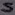
Text: S